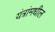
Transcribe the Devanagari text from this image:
यंत्रांमधील